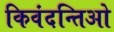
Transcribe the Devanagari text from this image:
किवंदन्तिओ